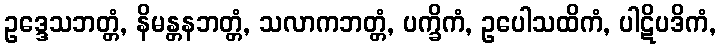
ဥဒ္ဒေသဘတ္တံ, နိမန္တနဘတ္တံ, သလာကဘတ္တံ, ပက္ခိကံ, ဥပေါသထိကံ, ပါဋိပဒိကံ,